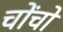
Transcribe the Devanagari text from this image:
चोंचो